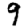
Digit: 9